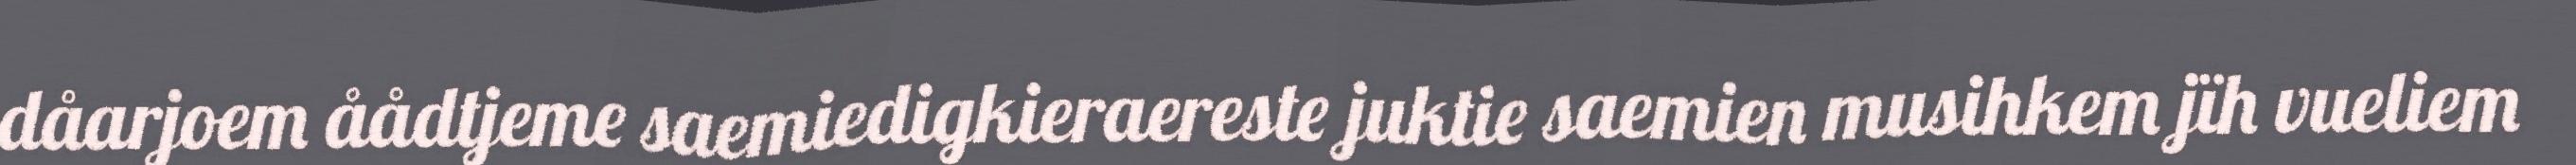
dåarjoem åådtjeme saemiedigkieraereste juktie saemien musihkem jïh vueliem